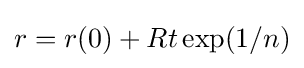
r=r(0)+Rt\exp(1/n)